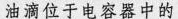
油滴位于电容器中的